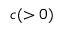
c ( > 0 )